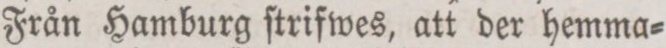
Från Hamburg ſtrifwes, att der hemma